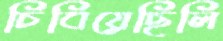
চিবিয়েছিলি